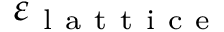
\varepsilon _ { \mathrm { ~ l ~ a ~ t ~ t ~ i ~ c ~ e ~ } }